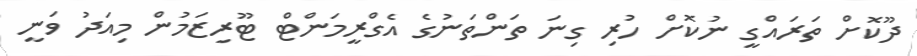
ދޫކޮށް ތަރައްގީ ނުކޮށް ހުރި ގިނަ ތަންތަނުގެ އެގްރީމަންޓް ޓޫރިޒަމުން މިއަދު ވަނީ